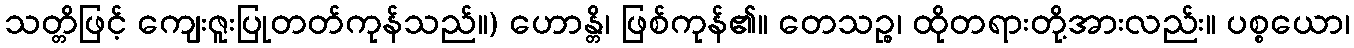
သတ္တိဖြင့် ကျေးဇူးပြုတတ်ကုန်သည်။) ဟောန္တိ၊ ဖြစ်ကုန်၏။ တေသဉ္စ၊ ထိုတရားတို့အားလည်း။ ပစ္စယော၊